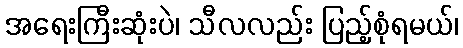
အရေးကြီးဆုံးပဲ၊ သီလလည်း ပြည့်စုံရမယ်၊